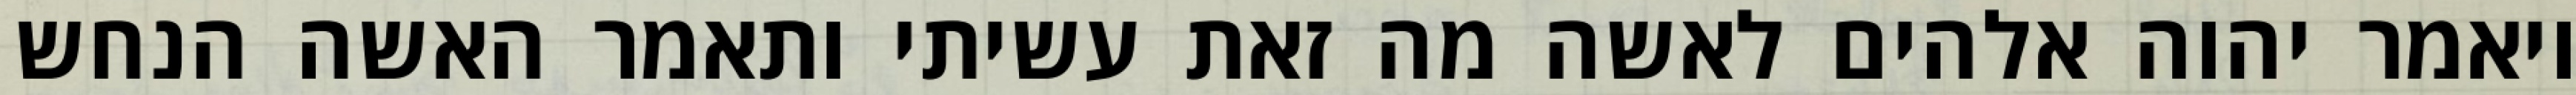
ויאמר יהוה אלהים לאשה מה זאת עשיתי ותאמר האשה הנחש